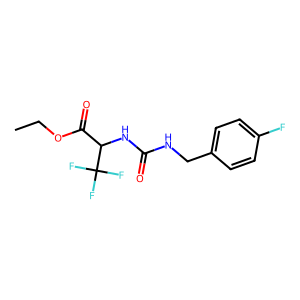
SMILES: CCOC(=O)C(NC(=O)NCc1ccc(F)cc1)C(F)(F)F
Inhibits HIV replication: No